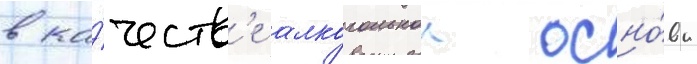
в ка́честв'е алкогольнои осно́вы